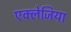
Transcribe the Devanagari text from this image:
एक्लेजिया